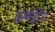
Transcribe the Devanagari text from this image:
कर्णहीन